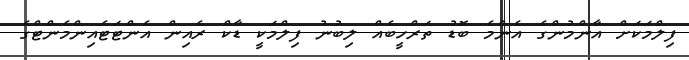
ފިލްމަކަށް އާންމުންގެ އެންމެ ބޮޑު ތަރްހީބެއް ލިބުނު ފިލްމަކީ ޑާކް ރެއިން އެންޓަޓެއިންމެންޓްގެ